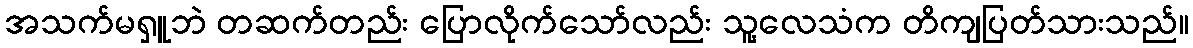
အသက်မရှူဘဲ တဆက်တည်း ပြောလိုက်သော်လည်း သူ့လေသံက တိကျပြတ်သားသည်။